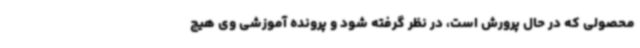
محصولی که در حال پرورش است، در نظر گرفته شود و پرونده آموزشی وی هیچ